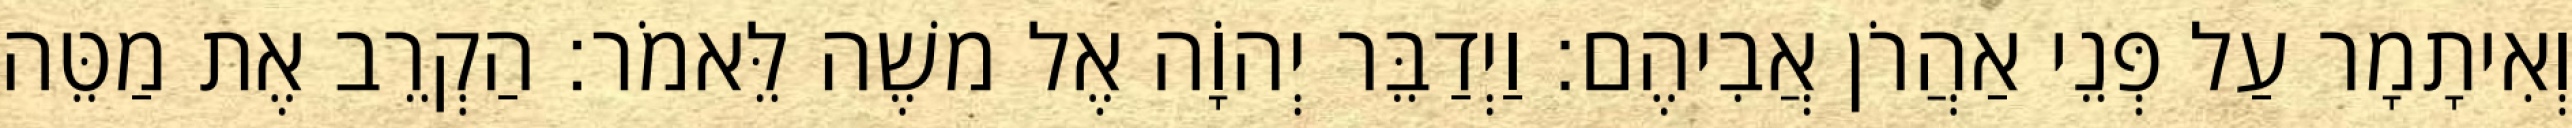
וְאִיתָמָר עַל פְּנֵי אַהֲרֹן אֲבִיהֶם׃ וַיְדַבֵּר יְהוָֹה אֶל משֶׁה לֵּאמֹר׃ הַקְרֵב אֶת מַטֵּה